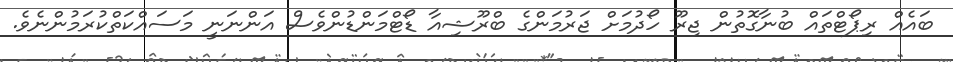
ބައެއް ރިޕޯޓްތައް ބުނާގޮތުން ޖިރޫ ހޯދުމަށް ޖަރުމަންގެ ބްރޫޝިއާ ޑޯޓްމަންޑުންވެސް އަންނަނީ މަސައްކަތްކުރަމުންނެވެ.